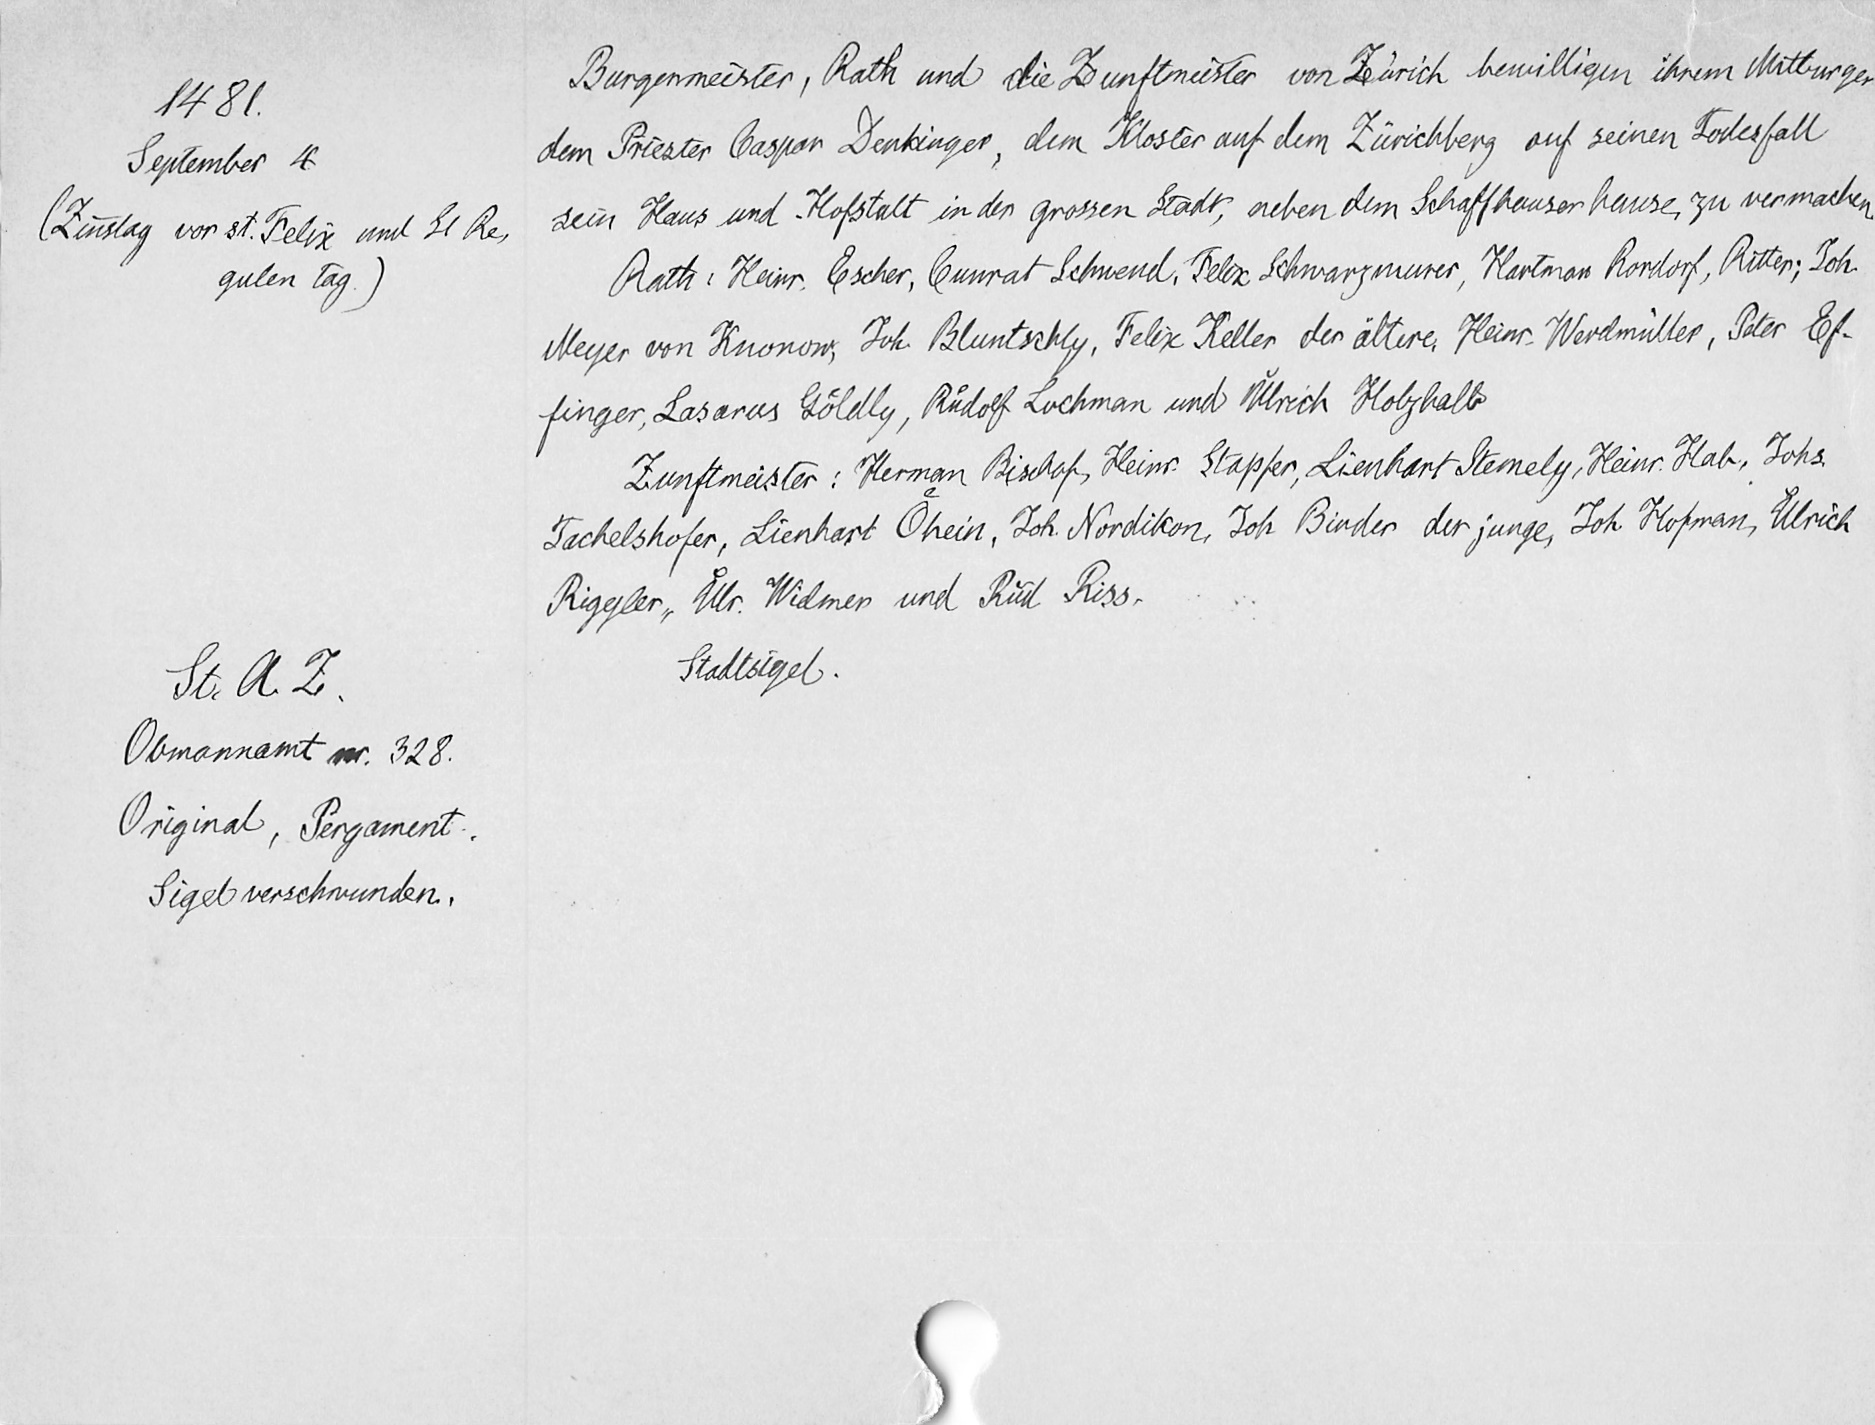
1481.
September 4
(Zinstag vor st. Felix und St Re¬
gulen tag.)
St. A. Z.
Obmannamt nr. 328.
Original, Pergament.
Sigel verschwunden.

Burgermeister, Rath und die Zunftmeister von Zürich bewilligen ihrem Mitburger
dem Priester Caspar Denkinger, dem Kloster auf dem Zürichberg auf seinen Todesfall
sein Haus und Hofstatt in der grossen Stadt, neben dem Schaffhauser hause zu vermachen
Rath: Heinr. Escher, Cunrat Schwend, Felix Scharzmurer, Hartman Rordorf, Ritter; Joh.
Meyer von Knonow, Joh. Bluntschly, Felix Keller der ältere, Heinr. Werdmüller, Peter Ef¬
finger, Lasarus Goͤldly, Ruͦdolf Lochman und Uͦlrich Holzhalb
Zunftmeister: Herman Bischof, Heinr. Stapfer, Lienhart Stemely, Heinr. Hab, Johs.
Tachelshofer, Lienhart Oͤhein, Joh. Nordikon, Joh Birder der junge, Joh. Hofman, Uͦlrich
Riggler, Uͦlr. Widmer und Rud Riss.
Stadtsigel.